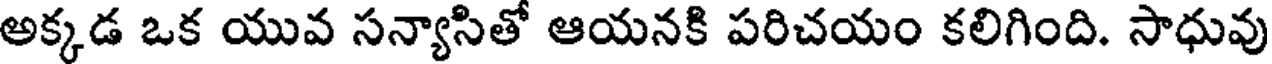
అక్కడ ఒక యువ సన్యాసితో ఆయనకి పరిచయం కలిగింది. సాధువు